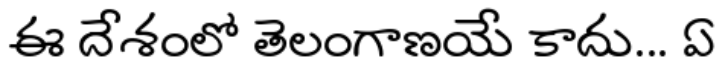
ఈ దేశంలో తెలంగాణయే కాదు... ఏ